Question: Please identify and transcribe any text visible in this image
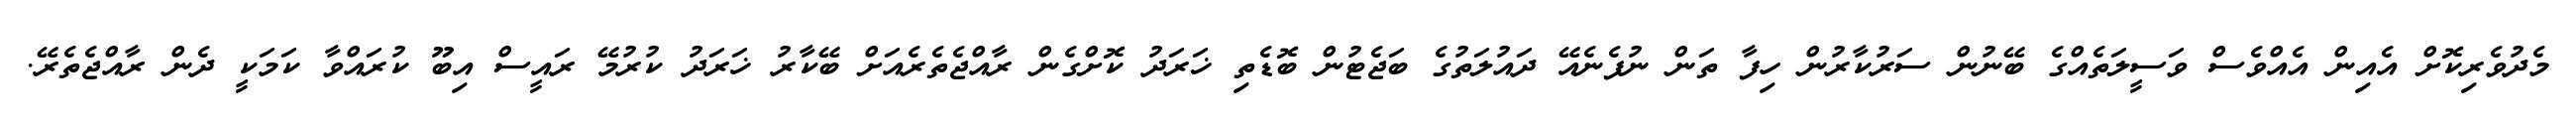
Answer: މެދުވެރިކޮށް އެއިން އެއްވެސް ވަސީލަތެއްގެ ބޭނުން ސަރުކާރުން ހިފާ ތަން ނުފެނެއޭ ދައުލަތުގެ ބަޖެޓުން ބޮޑެތި ޚަރަދު ކޮށްގެން ރާއްޖެތެރެއަށް ބޭކާރު ޚަރަދު ކުރުމޭ ރައީސް އިބޫ ކުރައްވާ ކަމަކީ ދެން ރާއްޖެތެރޭ.